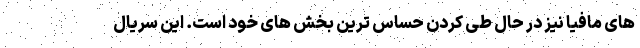
های مافیا نیز در حال طی کردن حساس ترین بخش های خود است. این سریال